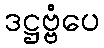
ဒဋ္ဌဗ္ဗံပေ